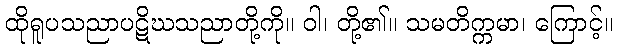
ထိုရူပသညာပဋိဃသညာတို့ကို။ ဝါ၊ တို့၏။ သမတိက္ကမာ၊ ကြောင့်။